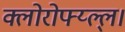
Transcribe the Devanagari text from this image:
क्लोरोफ्य्ल्ल्।